Annual report on the working of the mental hospitals in the Madras Presidency - 1912-1932
Year: 1912
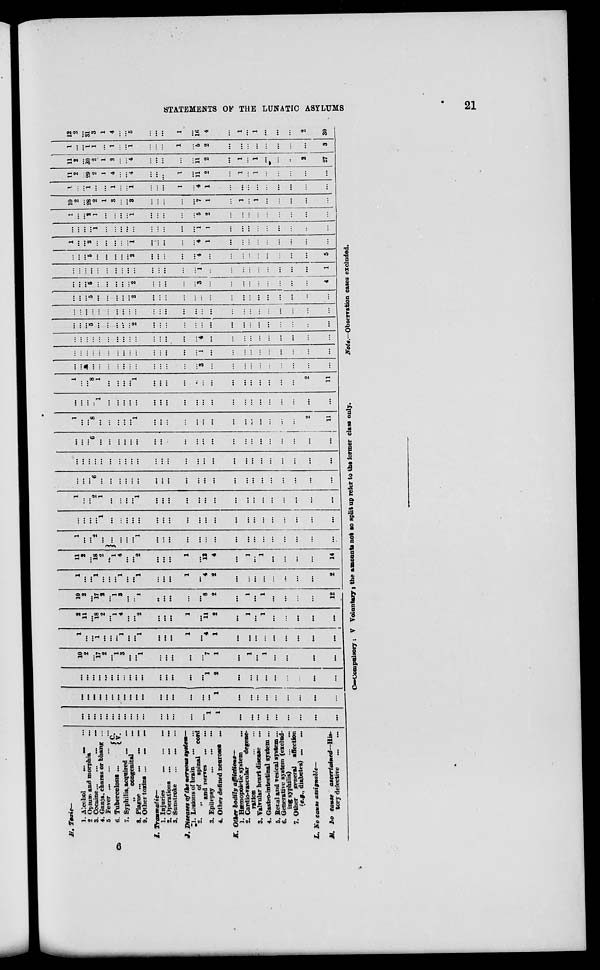
STATEMENTS OF THE LUNATIC ASYLUMS
21
H. Toxic—
1. Alcohol
...
...
...
2. Opium and morphia
...
3. Cocaine ...
...
...
...
4. Ganja, charas or bhang ...
5. Fever
...
...
...
...
6. Tuberculosis ...
C. V.
7. Syphilis, acquired ... ...
„
congenital
...
8. Plague ...
...
...
...
9. Other toxins ...
...
...
I.
Traumatic—
1. Injuries
...
...
...
2. Operations ...
...
...
3. Sunstroke
... ... ...
J. Diseases of the nervous system—
1. Lesions of brain ... ...
2.
„
of spinal
cord
and nerves
...
...
3. Epilepsy
...
...
...
4. Other defined neuroses
...
K. Other bodily afflictions—
1. Hæmopoietic system ...
2. Cardio-vascular
degene-
ration
...
...
3. Valvular heart disease ...
4. Gastro-intestinal system ...
5. Renal and vesical system ...
6. Generative system (exclud-
ing syphilis)
...
...
7. Other
general
affection
(e.g., diabetes)
...
...
L. No cause assignable—
M. No cause
ascertained—His-
tory defective
...
...
...
...
...
...
...
...
...
...
...
...
...
...
...
...
...
...
1
1
...
...
...
...
...
...
...
...
...
...
...
...
...
...
...
...
...
...
... ...
...
...
...
...
...
...
1
...
...
...
...
...
...
...
...
...
...
...
...
...
...
...
...
...
...
...
...
...
...
...
...
...
1
2
...
...
...
...
...
...
...
...
...
10
2
...
17
2
...
1
3
...
...
1
...
...
...
...
...
7
1
...
1
...
1
...
...
...
...
...
1
...
...
1
...
...
... 1
...
... 1
...
...
...
1
...
4
1
...
...
...
...
...
...
...
...
...
11
2
...
18
2
...
1
4
...
...
2
...
...
...
1
...
11
2
...
1
...
1
...
...
...
...
...
10
2
...
17
2
...
1
3
...
...
1
...
...
...
...
...
8
2
...
1
...
1
...
...
...
...
12
1
...
...
1
...
...
...
1
...
... 1
...
...
...
1
...
4
2
...
...
...
...
...
...
...
...
2
11
2
...
18
2
...
1
4
...
...
2
...
...
...
1
...
12
4
...
1
...
1
...
...
...
...
14
1
...
... 2
...
...
...
...
...
1
...
...
...
...
...
...
...
...
...
...
...
...
...
...
...
...
...
...
...
...
1
...
...
...
...
...
...
...
...
...
...
...
...
...
...
...
...
...
...
...
...
...
1
...
... 2
1
...
...
...
...
1
...
...
...
...
...
...
...
...
...
...
...
...
...
...
...
...
...
...
... 6
...
...
...
...
... ...
...
...
...
...
...
...
...
...
...
...
...
...
...
...
...
...
...
...
...
...
...
...
...
...
...
...
...
...
...
...
...
...
...
...
...
...
...
...
...
...
...
...
...
...
... 6
...
...
...
...
...
...
...
...
...
...
...
...
...
...
...
...
...
...
...
...
...
...
1
...
... 8
...
...
...
...
...
1
...
...
...
...
...
...
...
...
...
...
...
...
...
...
2
11
...
...
...
...
1
...
...
...
...
...
...
...
...
...
...
...
...
...
...
...
...
...
...
...
...
...
1
...
... 8
1
...
...
... ...
1
...
...
...
...
...
...
...
...
...
...
...
...
...
...
2
11
...
...
... ...
...
...
...
...
...
...
...
...
...
...
...
3
...
...
...
...
...
...
...
...
...
...
...
...
...
...
...
...
...
...
...
...
...
...
...
...
...
1
...
...
...
...
...
...
...
...
...
...
...
...
...
...
...
...
...
...
...
...
...
...
...
...
...
4
...
...
...
...
...
...
...
...
...
...
...
...
...
5
...
...
...
...
...
2
...
...
...
...
...
...
...
...
...
...
...
...
...
...
...
...
...
...
...
...
...
...
...
...
...
...
...
...
...
...
...
...
...
...
...
...
...
...
...
...
...
...
...
...
...
5
...
...
...
...
...
2
...
...
...
...
...
...
...
...
...
...
...
...
...
...
...
...
...
...
...
5
...
...
...
...
...
2
...
...
...
...
...
3
...
...
...
...
...
...
...
...
...
4
...
...
...
...
...
...
...
...
...
...
...
...
...
...
...
1
...
...
...
...
...
...
...
...
...
1
...
...
...
5
...
...
...
...
... 2
...
...
...
...
...
4
...
...
...
...
...
...
...
...
...
5
1
...
...
2
...
...
...
...
... 1
...
...
...
...
...
4
1
...
...
...
...
...
...
...
...
...
...
...
...
...
1
...
...
...
...
...
...
...
...
...
...
1
1
...
...
...
...
...
...
...
...
...
1
...
...
2
1
...
...
...
...
1
...
...
...
...
...
5
2
...
...
...
...
...
...
...
...
...
10
2
...
28
2
1
3
...
...
3
...
...
...
...
...
7
1
...
1
...
1
...
...
...
...
...
1
...
...
1
...
...
1
...
...
1
...
...
...
1
...
4
1
...
...
...
...
...
...
...
...
...
11
2
...
29
2
1
4
...
...
4
...
...
...
1
...
11
2
...
1
...
1
...
...
...
...
...
11
2
...
30
2
1
3
...
...
4
...
...
...
...
...
11
2
...
1
...
1
...
...
...
2
27
1
...
...
1
1
...
1
...
...
1
...
...
...
1
...
5
2
...
...
...
...
...
...
...
...
3
12
2
...
31
3
1
4
...
...
5
...
...
...
1
...
16 4
...
1
...
1
...
...
...
2
30
C=Compulsory ; V=Voluntary ; the amounts not so split up refer to the former class only.
Note.—Observation
cases excluded.
6